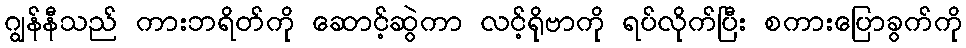
ဂျွန်နီသည် ကားဘရိတ်ကို ဆောင့်ဆွဲကာ လင့်ရိုဗာကို ရပ်လိုက်ပြီး စကားပြောခွက်ကို